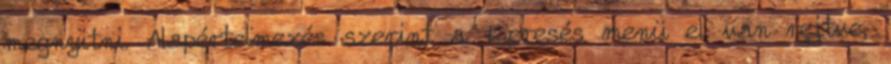
megnyitni. Alapértelmezés szerint a Keresés menü el van rejtve,